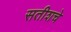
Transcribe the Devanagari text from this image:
सतीशचे